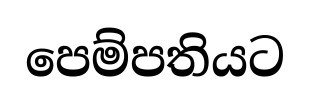
පෙම්පතියට